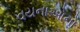
વયનાઓનો